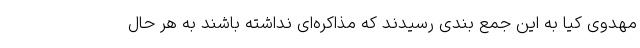
مهدوی کیا به این جمع بندی رسیدند که مذاکره‌ای نداشته باشند به هر حال